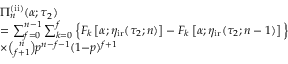
\begin{array} { r l } & { \Pi _ { n } ^ { \mathrm { ( i i ) } } ( \alpha ; \tau _ { 2 } ) } \\ & { = \sum _ { f = 0 } ^ { n - 1 } \sum _ { k = 0 } ^ { f } \Big \{ F _ { k } \left[ \alpha ; \eta _ { \mathrm { i r } } ( \tau _ { 2 } ; n ) \right] - F _ { k } \left[ \alpha ; \eta _ { \mathrm { i r } } ( \tau _ { 2 } ; n - 1 ) \right] \Big \} } \\ & { \times \binom { n } { f + 1 } p ^ { n - f - 1 } ( 1 { - } p ) ^ { f + 1 } } \end{array}